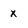
Character: x